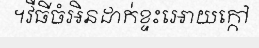
។វីធីចំអិនដាក់ខ្ទះអោយក្កៅ